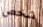
شخص